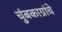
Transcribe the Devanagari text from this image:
चुंबकाग्रांचे